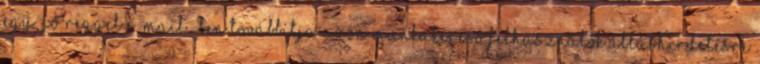
egy „jó reggel e-mail”-ben továbbítja azon munkakereső Felhasználók álláshirdetésre